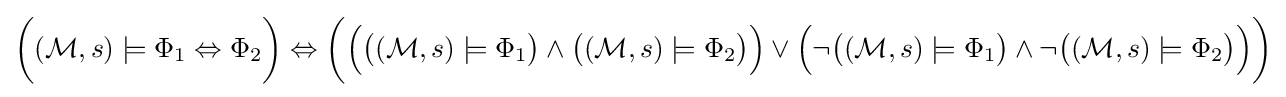
{\bigg (}({\mathcal {M}},s)\models \Phi _{1}\Leftrightarrow \Phi _{2}{\bigg )}\Leftrightarrow {\bigg (}{\Big (}{\big (}({\mathcal {M}},s)\models \Phi _{1}{\big )}\land {\big (}({\mathcal {M}},s)\models \Phi _{2}{\big )}{\Big )}\lor {\Big (}\neg {\big (}({\mathcal {M}},s)\models \Phi _{1}{\big )}\land \neg {\big (}({\mathcal {M}},s)\models \Phi _{2}{\big )}{\Big )}{\bigg )}